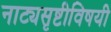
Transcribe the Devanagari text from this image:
नाट्यसृष्टीविषयी